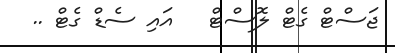
ޖަސްޓް ގެޓް ލޮސްޓް   އައި ސެޑް ގެޓް ..